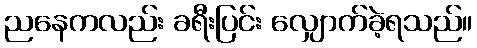
ညနေကလည်း ခရီးပြင်း လျှောက်ခဲ့ရသည်။